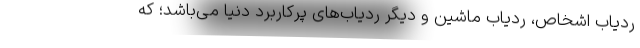
ردیاب اشخاص، ردیاب ماشین و دیگر ردیاب‌های پرکاربرد دنیا می‌باشد؛ که